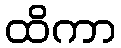
ထိကာ